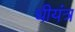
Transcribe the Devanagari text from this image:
धीयंत्र